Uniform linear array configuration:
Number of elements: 12
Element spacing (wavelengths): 0.25
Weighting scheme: kaiser
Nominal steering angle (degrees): -45
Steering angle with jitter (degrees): -43.71
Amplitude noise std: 0.05
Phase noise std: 0.05

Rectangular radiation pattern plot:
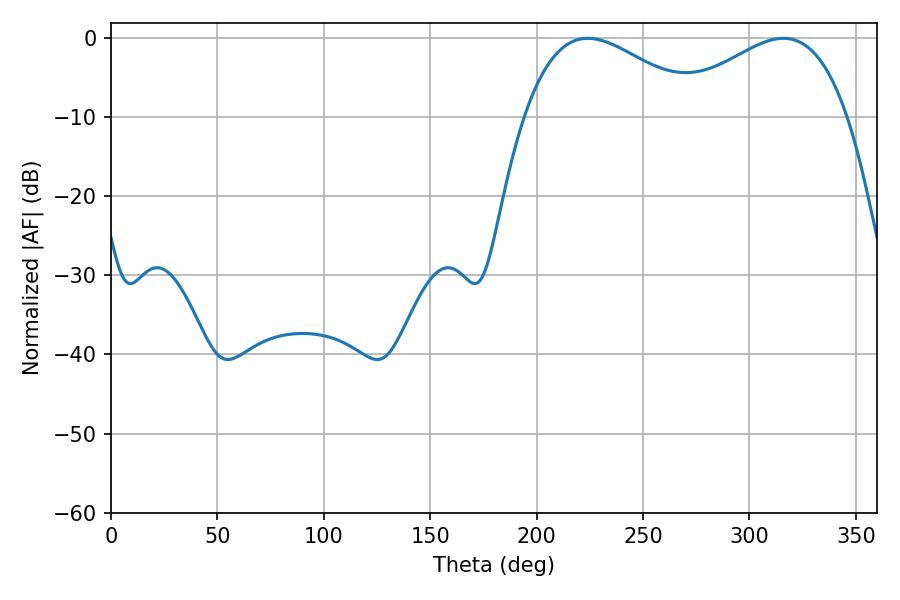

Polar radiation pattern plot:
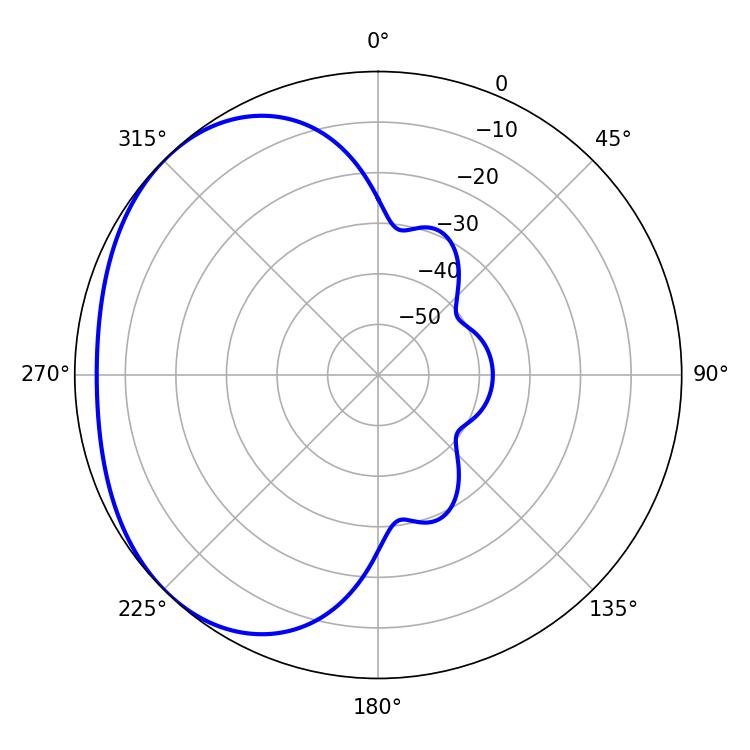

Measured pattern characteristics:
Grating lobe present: FALSE
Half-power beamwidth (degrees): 45.54
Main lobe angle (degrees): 224.1